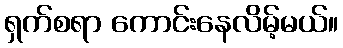
ရှက်စရာ ကောင်းနေလိမ့်မယ်။